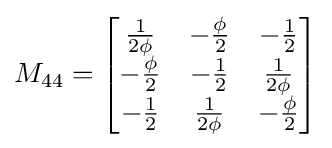
M_{44}={\begin{bmatrix}{\frac {1}{2\phi }}&-{\frac {\phi }{2}}&-{\frac {1}{2}}\\-{\frac {\phi }{2}}&-{\frac {1}{2}}&{\frac {1}{2\phi }}\\-{\frac {1}{2}}&{\frac {1}{2\phi }}&-{\frac {\phi }{2}}\end{bmatrix}}